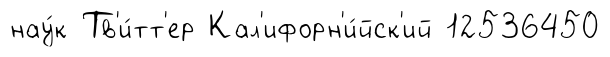
нау́к Тв'и́тт'ер Кал'ифорн'и́йск'ий 12536450